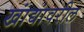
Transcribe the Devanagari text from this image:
खांद्यांवरील